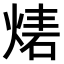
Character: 𤊴